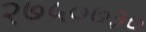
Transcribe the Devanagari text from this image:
२७५०७३०